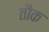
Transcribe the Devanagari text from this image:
तौक